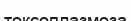
токсоплазмоза